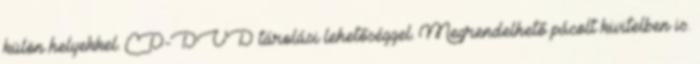
külön helyekkel. CD-DVD tárolási lehetőséggel. Megrendelhető pácolt kivitelben is.